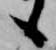
ゝ